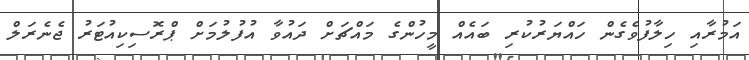
އަމުރާއި ހިލާފުވެގެން ހައްޔަރުކުރި ބައެއް މީހުންގެ މައްޗަށް ދައުވާ އުފުލުމަށް ޕްރޮސިކިއުޓަރު ޖެނެރަލް